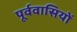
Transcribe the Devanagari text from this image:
पूर्ववासियों